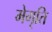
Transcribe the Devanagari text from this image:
मेगृति